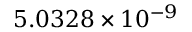
5 . 0 3 2 8 \times 1 0 ^ { - 9 }